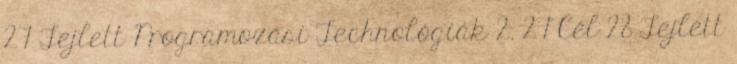
27 Fejlett Programozási Technológiák 2. 27 Cél 28 Fejlett